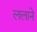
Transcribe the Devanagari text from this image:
ललाने